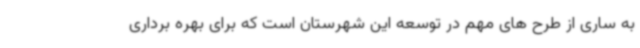
به ساری از طرح های مهم در توسعه این شهرستان است که برای بهره برداری